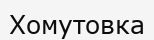
Хомутовка